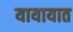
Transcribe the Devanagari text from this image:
यायायात